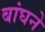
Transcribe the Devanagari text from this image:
बांघने